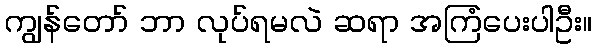
ကျွန်တော် ဘာ လုပ်ရမလဲ ဆရာ အကြံပေးပါဦး။